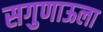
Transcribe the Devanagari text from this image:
सगुणाऊला